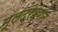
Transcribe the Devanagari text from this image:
मूलद्रव्यांत